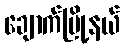
ချောက်မြို့နယ်